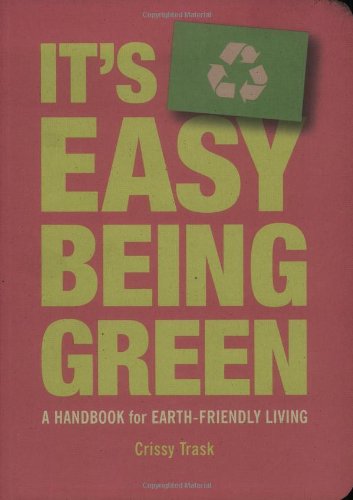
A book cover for It's Easy Being Green: A Handbook for Earth-Friendly Living; Crissy Trask; Crafts, Hobbies & Home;